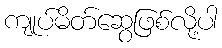
ကျုပ်မိတ်ဆွေဖြစ်လို့ပါ